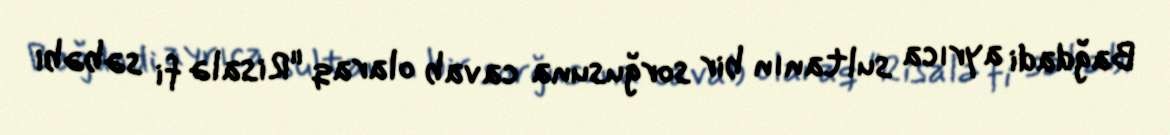
Bağdadi ayrıca sultanın bir sorğusuna cavab olaraq "Risalə fi səbəbi